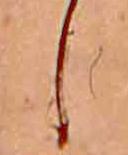
し